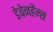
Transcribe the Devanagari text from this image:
डेबेनहैम्स